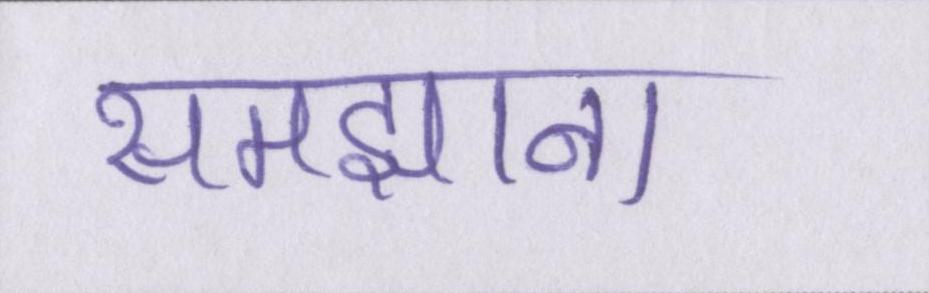
समझाना